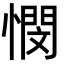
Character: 憫